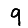
Digit: 9